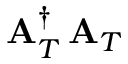
{ \bf A } _ { T } ^ { \dagger } \, { \bf A } _ { T }